Indian journal of veterinary science and animal husbandry - Volume 3,
Year: 1933
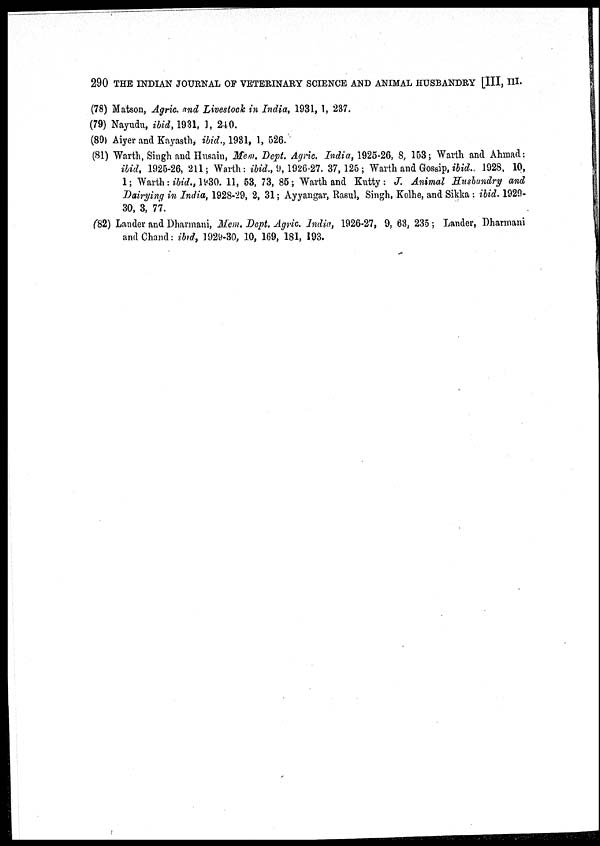
290 THE INDIAN JOURNAL OF VETERINARY SCIENCE AND ANIMAL HUSBANDRY [III, III.
(78) Matson, Agric. and Livestock in India, 1931, 1, 237.
(79) Nayudu, ibid, 1931, ], 240.
(80) Aiyer and Kayasth, ibid., 1931, 1, 526.
(81) Warth, Singh and Husain, Mem. Dept. Agric. India, 1925-26, 8, 153 ; Warth and Ahmad :
ibid. 1925-26, 211; Warth : ibid., 9,1926-27. 37, 125 ; Warth and Gossip, ibid., 1928, 10,
1; Warth : ibid., l930. 11, 53, 73, 85 ; Warth and Kutty : J. Animal Husbandry and
Dairying in India, 1928-29, 2, 31; Ayyangar, Rasul, Singh, Kolhe, and Sikka : ibid. 1929-
30, 3, 77.
(82) Lander and Dharmani, Mem. Dept. Agric. India, 1926-27, 9, 63, 235 ; Lander, Dharmani
and Chand : ibid, 1929-30, 10, 169, 181, 193.